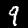
Digit: 9